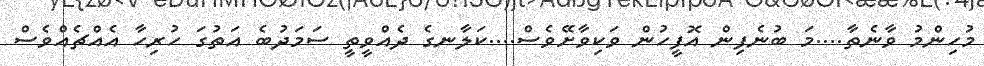
މުހިންމު ވާނެތާ....މަ ބުނެފިން އޮފީހުން ވަކިވާށޭވެސް....ކަލާނގެ ދެއްވީތީ ސަަމަދުބެ އަތުގަ ހުރިހާ އެއްޗެއްވެސް